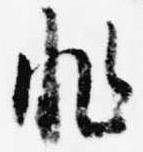
非